画像に写った文字を読んでください
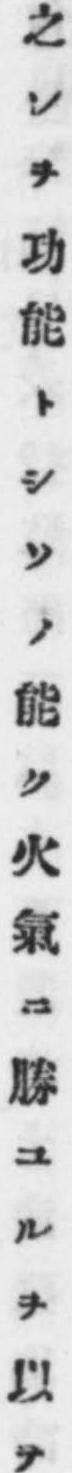
「之レヲ功能トシソノ能ク火氣ニ勝ユルヲ以テ」と書いてあります